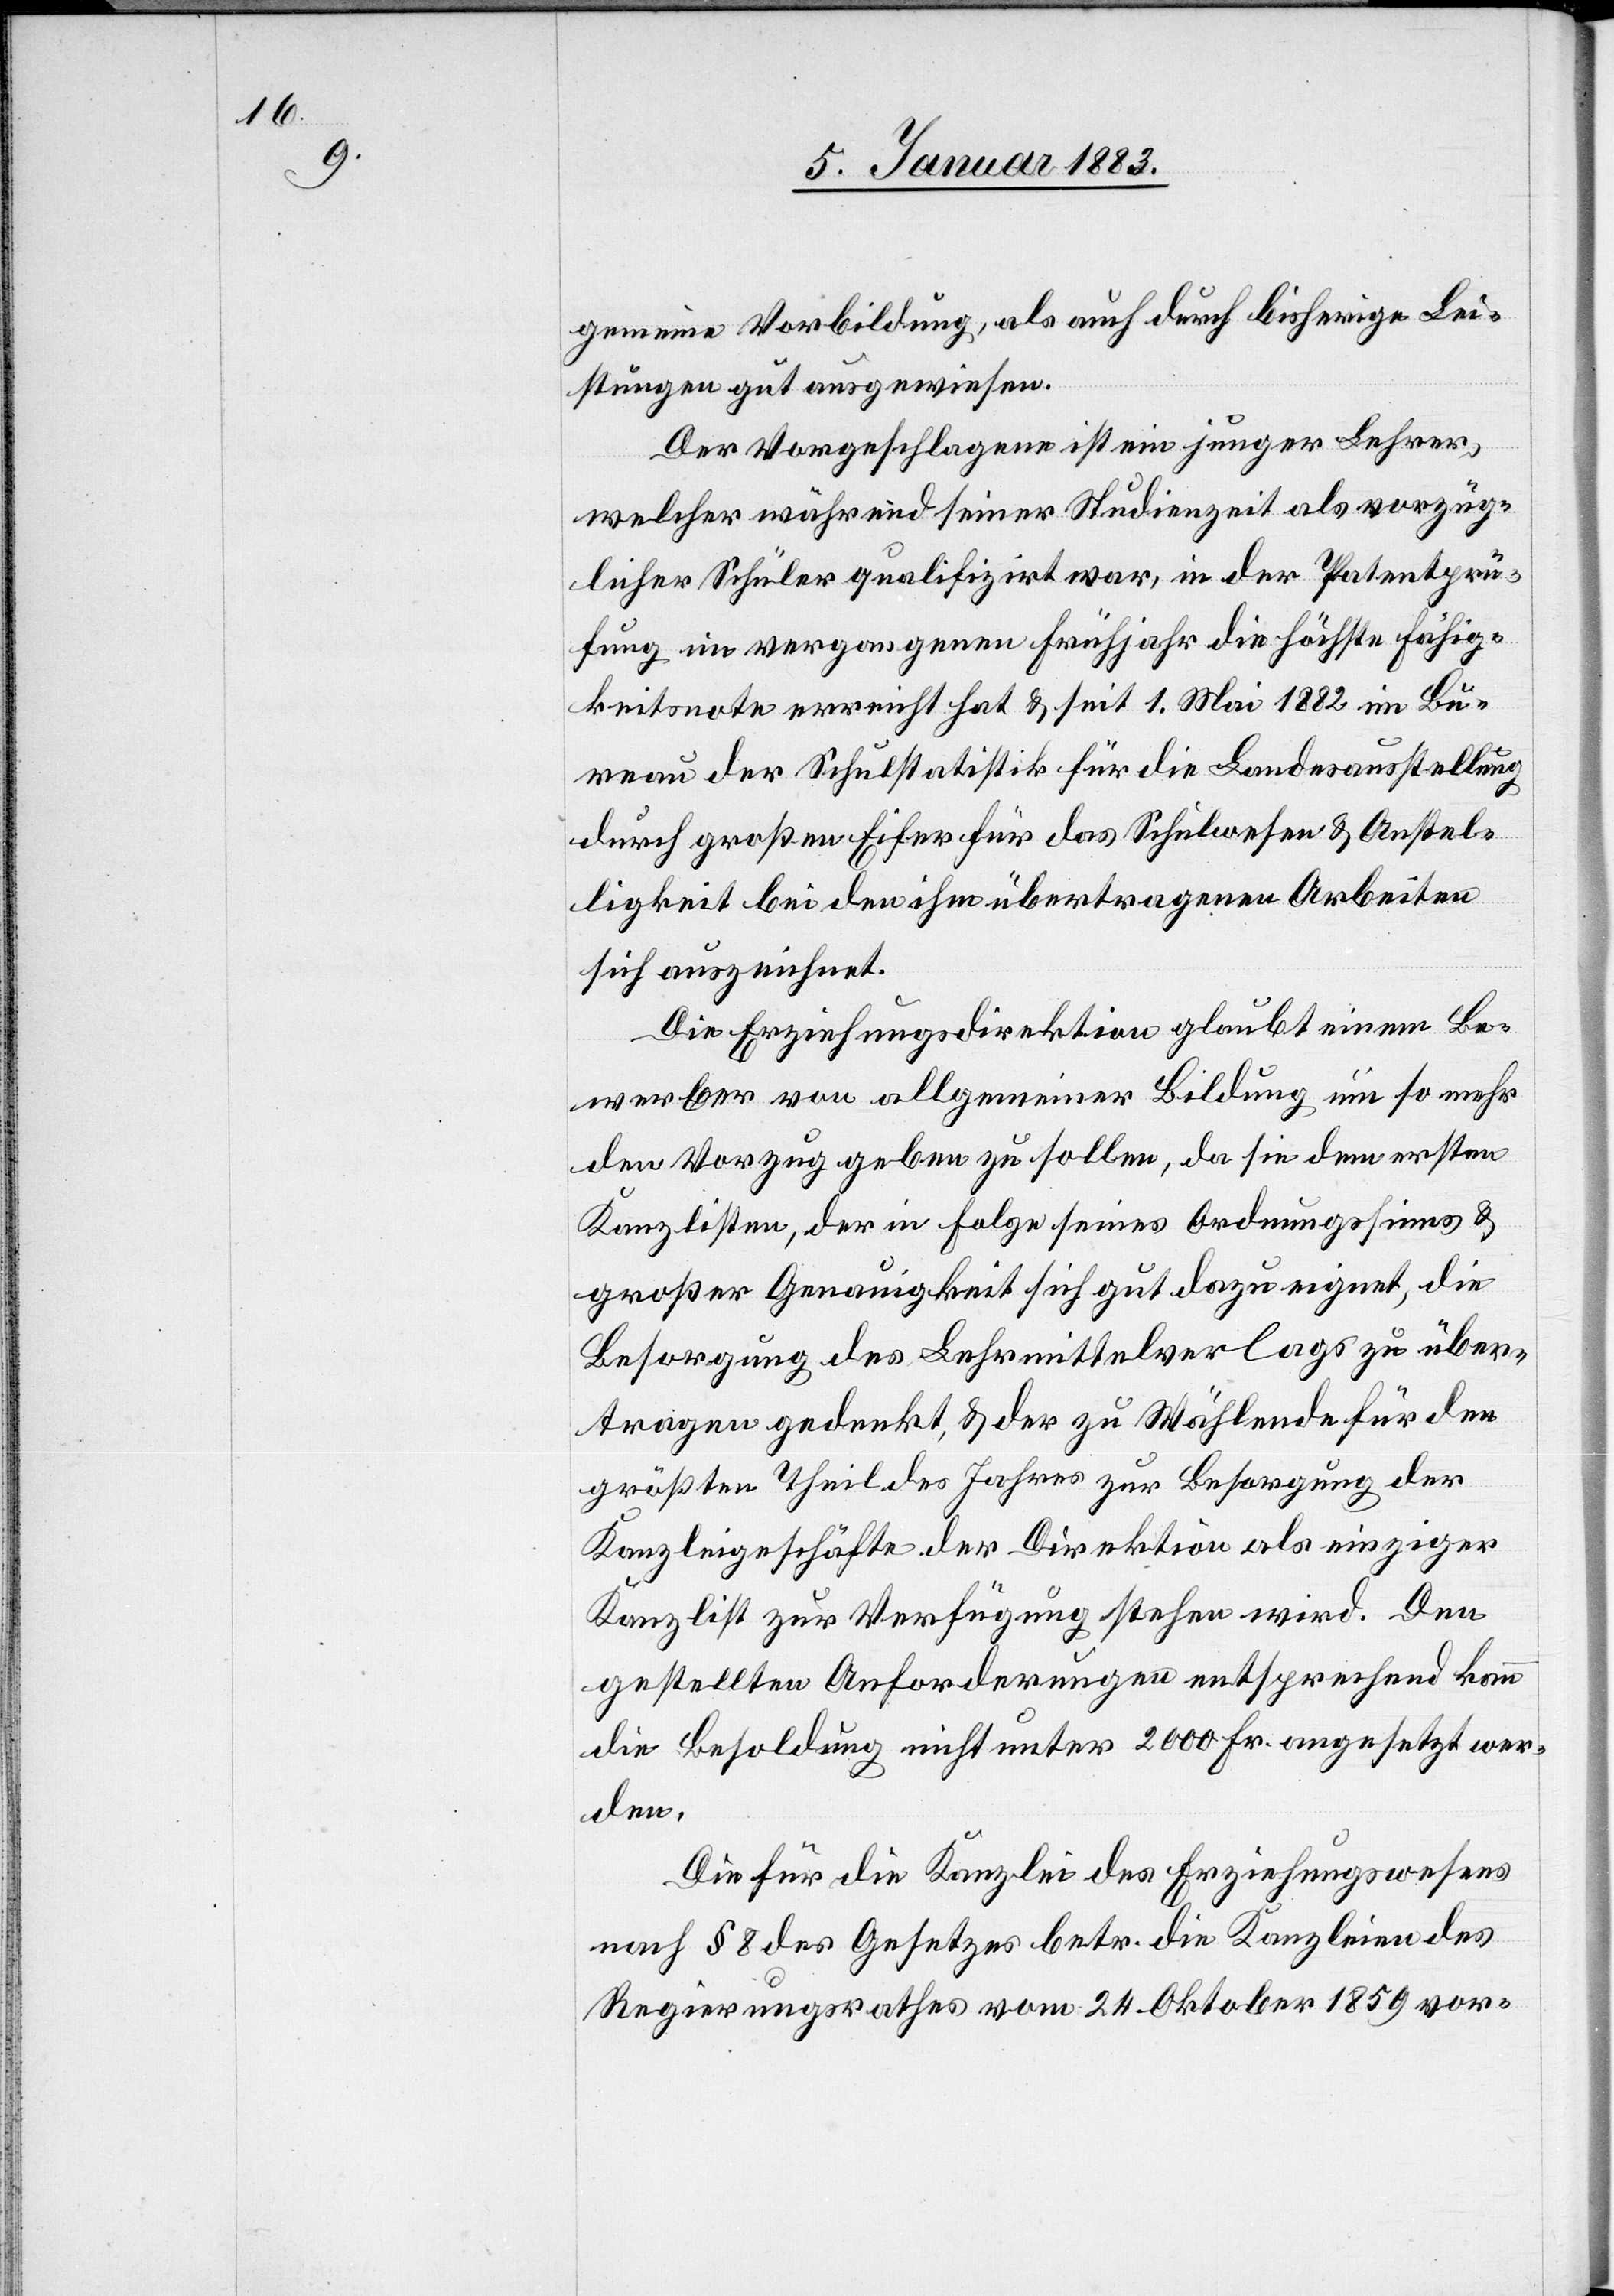
gemeine Vorbildung, als auch durch bisherige Lei¬
stungen gut ausgewiesen.
Der Vorgeschlagene ist ein junger Lehrer,
welcher während seiner Studienzeit als vorzüg¬
licher Schüler qualifizirt war, in der Patentprü¬
fung im vergangenen Frühjahr die höchste Fähig¬
keitsnote erreicht hat & seit 1. Mai 1882 im Bu¬
reau der Schulstatistik für die Landesausstellung
durch großen Eifer für das Schulwesen & Anstel¬
ligkeit bei den ihm übertragenen Arbeiten
sich auszeichnet.
Die Erziehungsdirektion glaubt einem Be¬
werber von allgemeiner Bildung um so mehr
den Vorzug geben zu sollen, da sie dem ersten
Kanzlisten, der in Folge seines Ordnungssinnes &
großer Genauigkeit sich gut dazu eignet, die
Besorgung des Lehrmittelverlags zu über¬
tragen gedenkt, & der zu Wählende für den
größten Theil des Jahres zur Besorgung der
Kanzleigeschäfte der Direktion als einziger
Kanzlist zur Verfügung stehen wird. Den
gestellten Anforderungen entsprechend kann
die Besoldung nicht unter 2000 Fr. angesetzt wer¬
den.
Die für die Kanzlei des Erziehungswesens
nach § 8 des Gesetzes betr. die Kanzleien des
Regierungsrathes vom 24. Oktober 1859 vor-